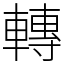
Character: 轉